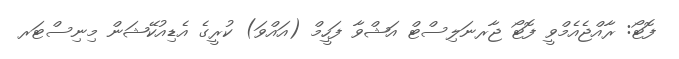
ފޮޓޯ: ރާއްޖެއެމްވީ ފޮޓޯ ޖާރނަލިސްޓް އަޝްވާ ފަހީމް (އައްވަ) ކުރީގެ އެޑިއުކޭޝަން މިނިސްޓަރ